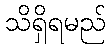
သိရှိရမည်